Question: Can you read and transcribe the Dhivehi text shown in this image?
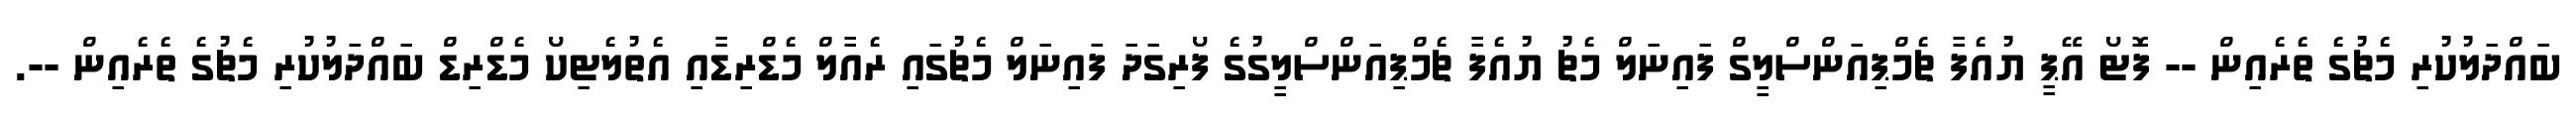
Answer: ބައްދަލުކުރި މެޗުގެ ތެރެއިން -- ފޮޓޯ އޭޕީ ޔުއެފާ ޗެމްޕިއަންސްލީގް ފައިނަލް މެޗު ޔުއެފާ ޗެމްޕިއަންސްލީގުގެ ފޯރިގަދަ ފައިނަލް މެޗުގައި ރެއާލް މެޑްރިޑާއި އެތުލެޓިކޯ މެޑްރިޑް ބައްދަލުކުރި މެޗުގެ ތެރެއިން --.